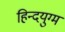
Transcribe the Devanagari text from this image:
हिन्दयुग्म